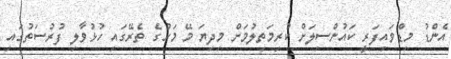
އެންޑު މިޑްވައިފަރީ ކައުންސިލަށް ކުރިމަތިލުމަށް މިދިޔަ މޭ މަހުގެ ތެރޭގައި ހުޅުވާލި ފުރުސަތުގައި